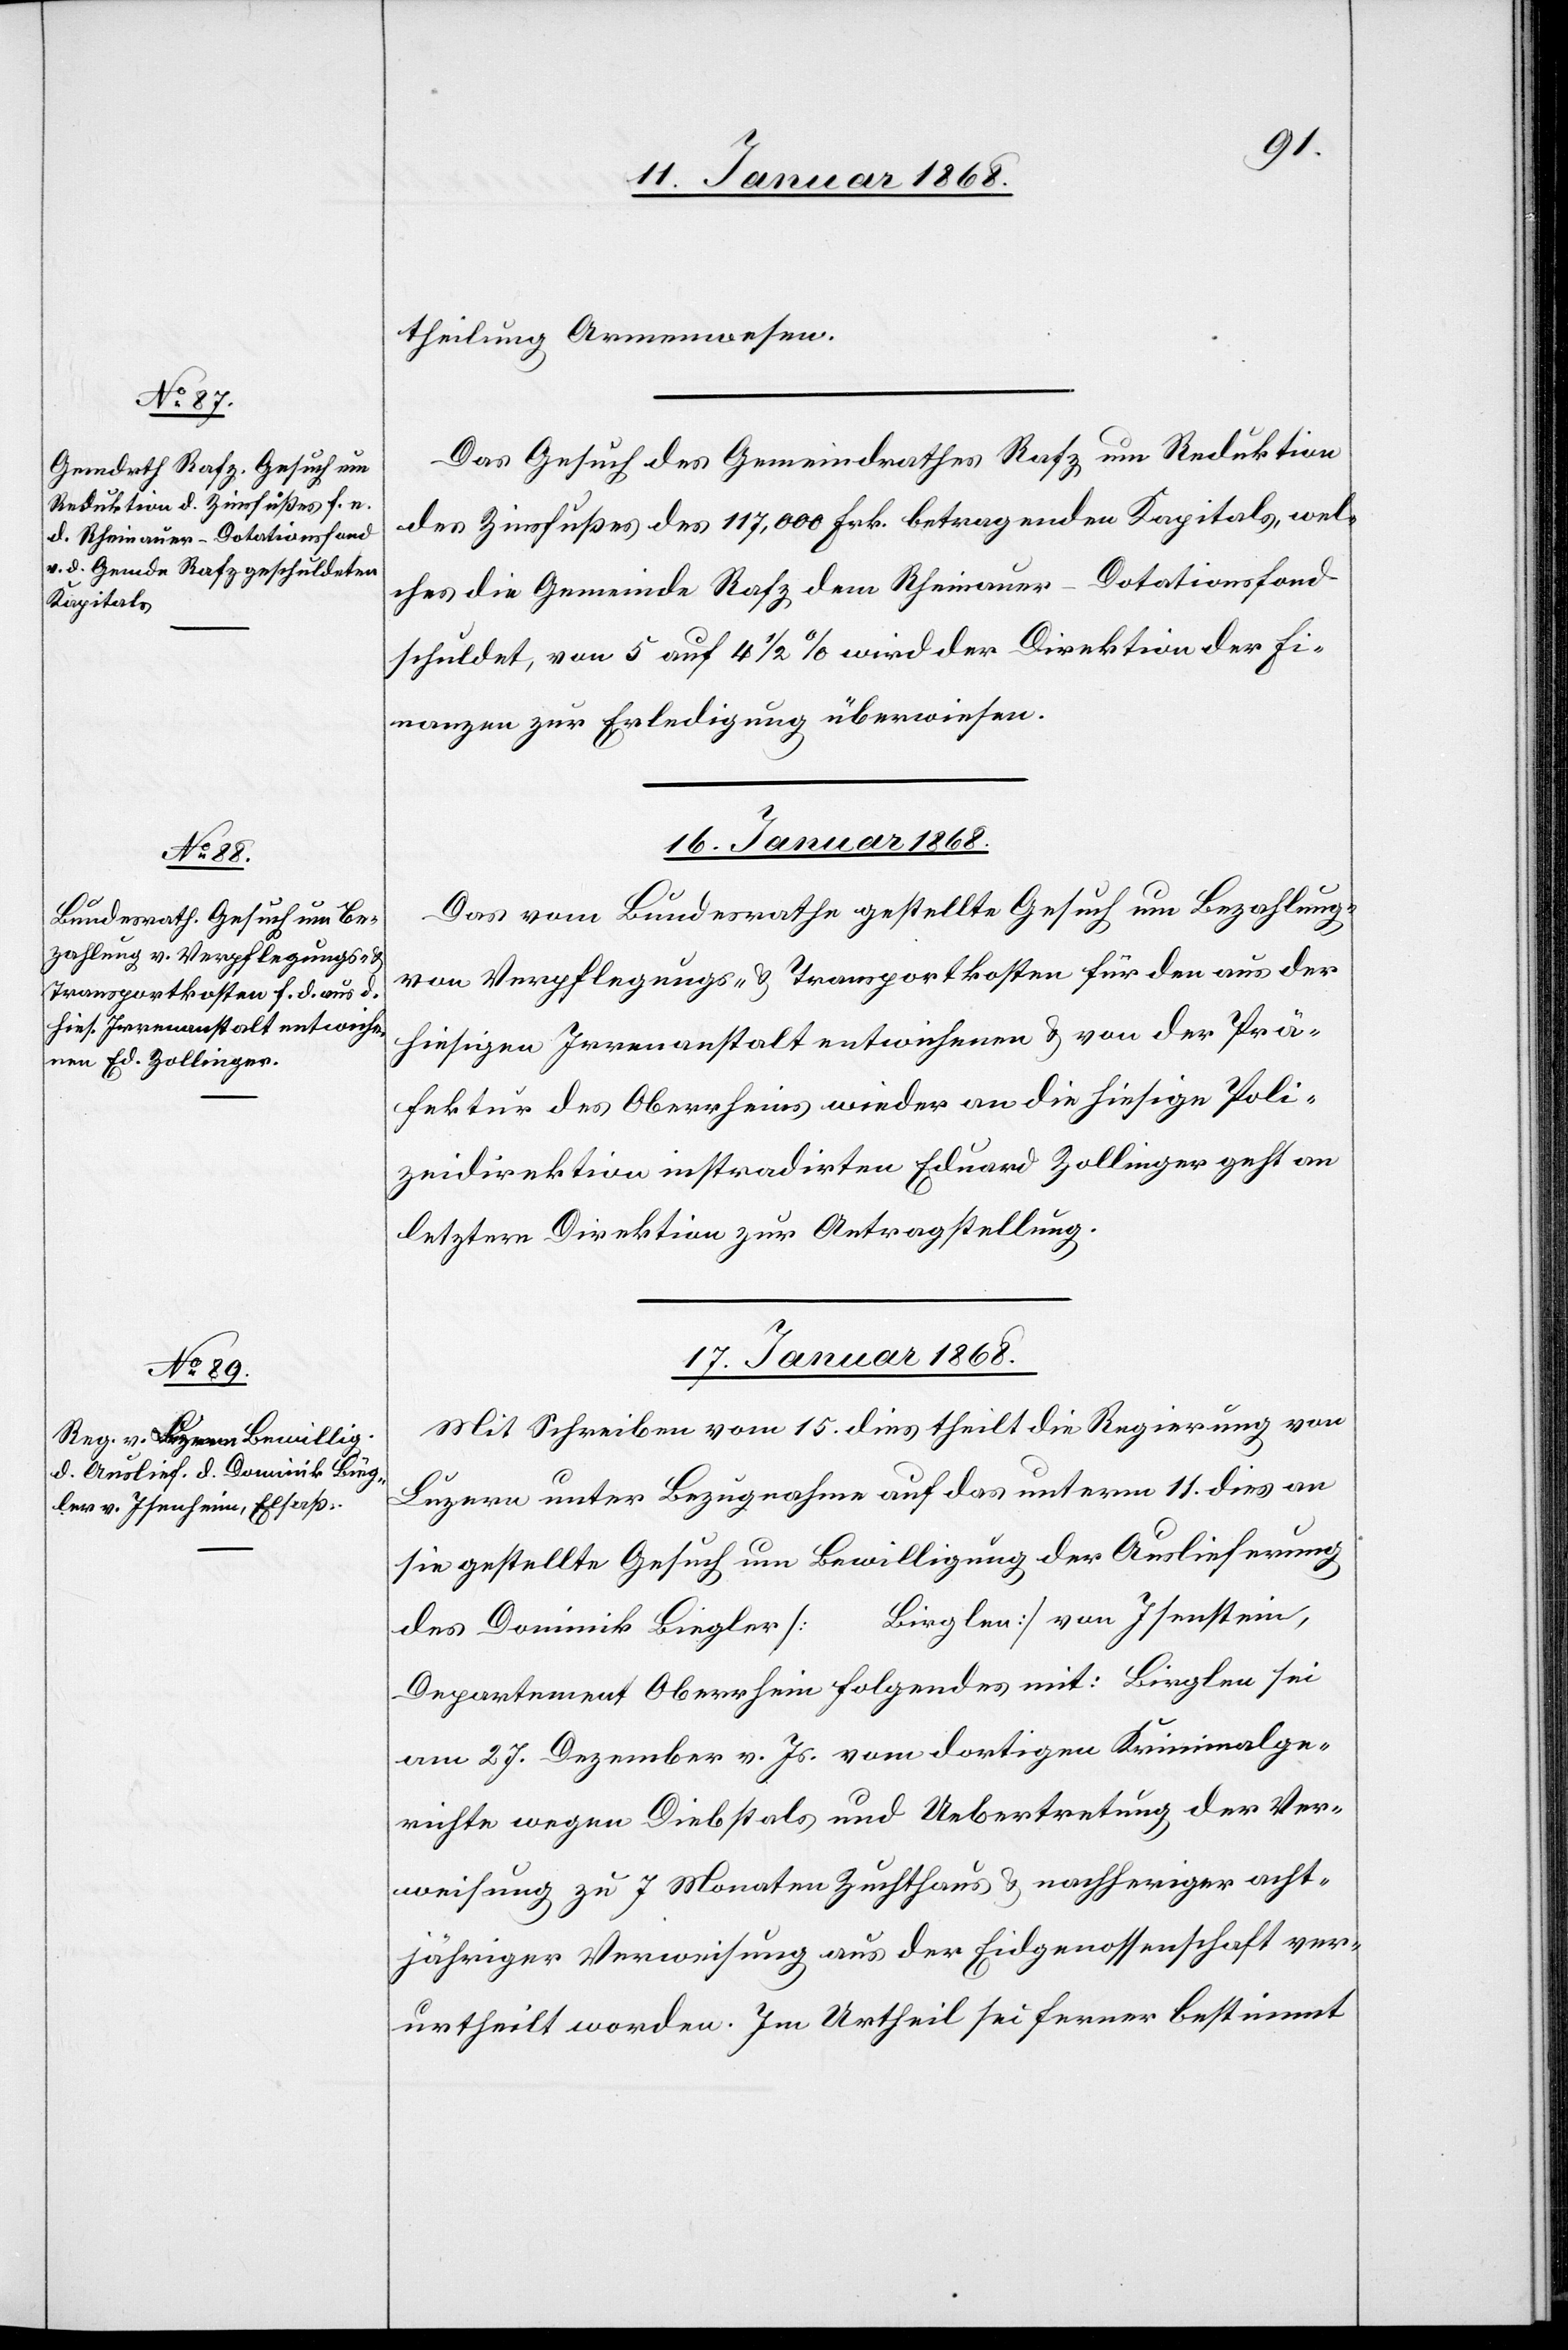
theilung Armenwesen.
Das Gesuch des Gemeindrathes Rafz um Reduktion
des Zinsfußes des 117,000 Frk. betragenden Kapitals, wel¬
ches die Gemeinde Rafz dem Rheinauer-Dotationsfond
schuldet, von 5 auf 4 1/2 % wird der Direktion der Fi¬
nanzen zur Erledigung überwiesen.
16. Januar 1868.
Das vom Bundesrathe gestellte Gesuch um Bezahlung
von Verpflegungs- & Transportkosten für den aus der
hiesigen Irrenanstalt entwichenen & von der Prä¬
fektur des Oberrheins wieder an die hiesige Poli¬
zeidirektion instradirten Eduard Zollinger geht an
letztere Direktion zur Antragstellung.
17. Januar 1868.
Mit Schreiben vom 15. dies theilt die Regierung von
Luzern unter Bezugnahme auf das unterm 11. dies an
sie gestellte Gesuch um Bewilligung der Auslieferung
Birglen] von Isenstein,
…
des Dominik Biegler [
Departement Oberrhein folgendes mit: Birglen sei
am 27. Dezember v. Js. vom dortigen Kriminalge¬
richte wegen Diebstals und Uebertretung der Ver¬
weisung zu 7 Monaten Zuchthaus & nachheriger acht¬
jähriger Verweisung aus der Eidgenossenschaft ver¬
urtheilt worden. Im Urtheil sei ferner bestimmt